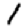
Digit: 1